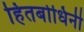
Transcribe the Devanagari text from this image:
हितबोधिनी